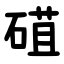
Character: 䃊